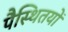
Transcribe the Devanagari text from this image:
पैस्थितयों